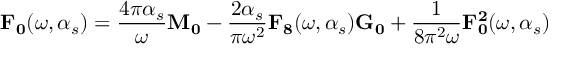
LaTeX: { \bf F _ { 0 } } ( \omega , \alpha _ { s } ) = \frac { 4 \pi \alpha _ { s } } { \omega } { \bf M _ { 0 } } - \frac { 2 \alpha _ { s } } { \pi \omega ^ { 2 } } { \bf F _ { 8 } } ( \omega , \alpha _ { s } ) { \bf G _ { 0 } } + \frac { 1 } { 8 \pi ^ { 2 } \omega } { \bf F _ { 0 } ^ { 2 } } ( \omega , \alpha _ { s } )